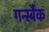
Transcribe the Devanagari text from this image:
गर्न्स्बैक